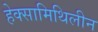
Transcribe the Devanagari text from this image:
हेक्सामिथिलीन